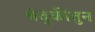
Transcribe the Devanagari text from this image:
बंदुकीतुन